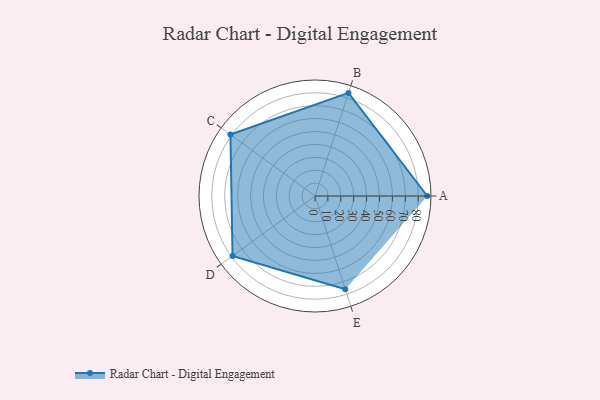
{"axis": {"x": "Skill", "y": "Score"}, "legend": ["Profile"], "data": [{"x": "A", "y": 87.0, "type": "Profile"}, {"x": "B", "y": 84.0, "type": "Profile"}, {"x": "C", "y": 81.0, "type": "Profile"}, {"x": "D", "y": 79.0, "type": "Profile"}, {"x": "E", "y": 76.0, "type": "Profile"}]}